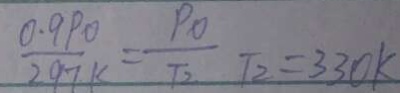
\frac { 0 . 9 P o } { 2 9 7 k } = \frac { P o } { T _ { 2 } } T _ { 2 } = 3 3 0 k